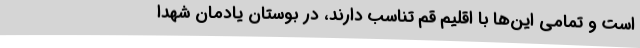
است و تمامی این‌ها با اقلیم قم تناسب دارند، در بوستان یادمان شهدا